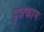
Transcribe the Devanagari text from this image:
पुत्रकाम